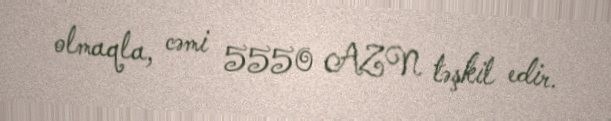
olmaqla, cəmi 5550 AZN təşkil edir.